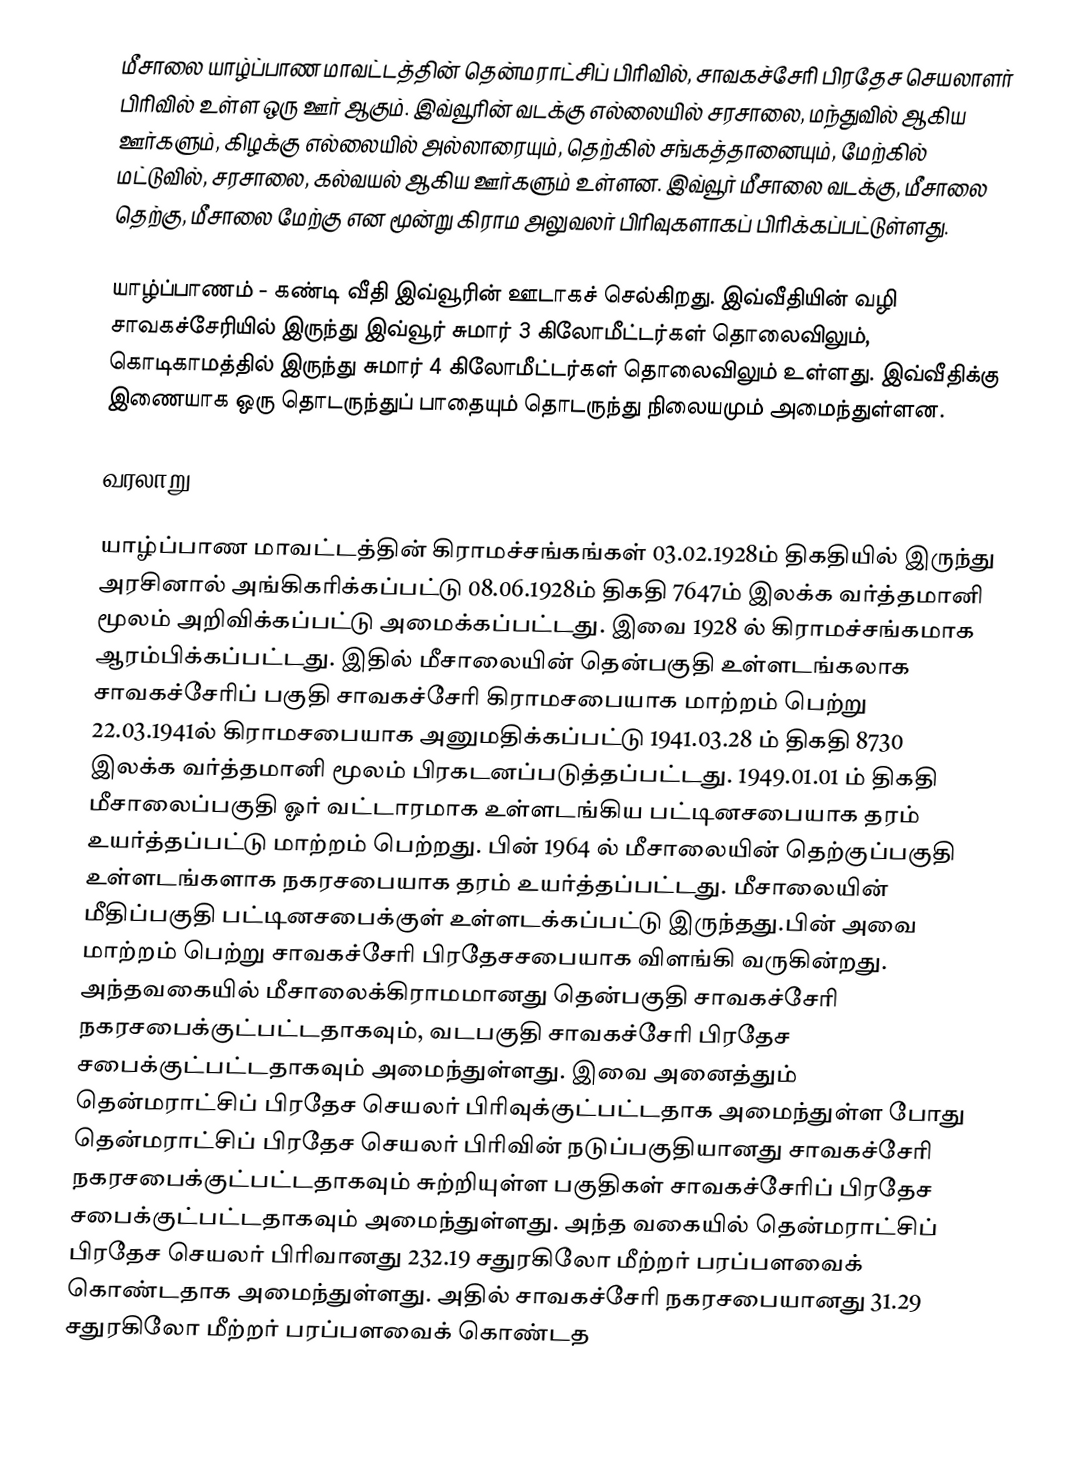
மீசாலை யாழ்ப்பாண மாவட்டத்தின் தென்மராட்சிப் பிரிவில், சாவகச்சேரி பிரதேச செயலாளர் பிரிவில் உள்ள ஒரு ஊர் ஆகும். இவ்வூரின் வடக்கு எல்லையில் சரசாலை, மந்துவில் ஆகிய ஊர்களும், கிழக்கு எல்லையில் அல்லாரையும், தெற்கில் சங்கத்தானையும், மேற்கில் மட்டுவில், சரசாலை, கல்வயல் ஆகிய ஊர்களும் உள்ளன. இவ்வூர் மீசாலை வடக்கு, மீசாலை தெற்கு, மீசாலை மேற்கு என மூன்று கிராம அலுவலர் பிரிவுகளாகப் பிரிக்கப்பட்டுள்ளது.

யாழ்ப்பாணம் - கண்டி வீதி இவ்வூரின் ஊடாகச் செல்கிறது. இவ்வீதியின் வழி சாவகச்சேரியில் இருந்து இவ்வூர் சுமார் 3 கிலோமீட்டர்கள் தொலைவிலும், கொடிகாமத்தில் இருந்து சுமார் 4 கிலோமீட்டர்கள் தொலைவிலும் உள்ளது. இவ்வீதிக்கு இணையாக ஒரு தொடருந்துப் பாதையும் தொடருந்து நிலையமும் அமைந்துள்ளன.

வரலாறு

யாழ்ப்பாண மாவட்டத்தின் கிராமச்சங்கங்கள் 03.02.1928ம் திகதியில் இருந்து அரசினால் அங்கிகரிக்கப்பட்டு 08.06.1928ம் திகதி 7647ம் இலக்க வர்த்தமானி மூலம் அறிவிக்கப்பட்டு அமைக்கப்பட்டது. இவை 1928 ல் கிராமச்சங்கமாக ஆரம்பிக்கப்பட்டது. இதில் மீசாலையின் தென்பகுதி உள்ளடங்கலாக சாவகச்சேரிப் பகுதி சாவகச்சேரி கிராமசபையாக மாற்றம் பெற்று 22.03.1941ல் கிராமசபையாக அனுமதிக்கப்பட்டு 1941.03.28 ம் திகதி 8730 இலக்க வர்த்தமானி மூலம் பிரகடனப்படுத்தப்பட்டது. 1949.01.01 ம் திகதி மீசாலைப்பகுதி ஓர் வட்டாரமாக உள்ளடங்கிய பட்டினசபையாக தரம் உயர்த்தப்பட்டு மாற்றம் பெற்றது. பின் 1964 ல் மீசாலையின் தெற்குப்பகுதி உள்ளடங்களாக நகரசபையாக தரம் உயர்த்தப்பட்டது. மீசாலையின் மீதிப்பகுதி பட்டினசபைக்குள் உள்ளடக்கப்பட்டு இருந்தது.பின் அவை மாற்றம் பெற்று சாவகச்சேரி பிரதேசசபையாக விளங்கி வருகின்றது. அந்தவகையில் மீசாலைக்கிராமமானது தென்பகுதி சாவகச்சேரி நகரசபைக்குட்பட்டதாகவும், வடபகுதி சாவகச்சேரி பிரதேச சபைக்குட்பட்டதாகவும் அமைந்துள்ளது. இவை அனைத்தும் தென்மராட்சிப் பிரதேச செயலர் பிரிவுக்குட்பட்டதாக அமைந்துள்ள போது தென்மராட்சிப் பிரதேச செயலர் பிரிவின்  நடுப்பகுதியானது சாவகச்சேரி நகரசபைக்குட்பட்டதாகவும் சுற்றியுள்ள பகுதிகள் சாவகச்சேரிப் பிரதேச சபைக்குட்பட்டதாகவும் அமைந்துள்ளது. அந்த வகையில் தென்மராட்சிப் பிரதேச செயலர் பிரிவானது 232.19 சதுரகிலோ மீற்றர் பரப்பளவைக் கொண்டதாக அமைந்துள்ளது. அதில் சாவகச்சேரி நகரசபையானது 31.29 சதுரகிலோ மீற்றர் பரப்பளவைக் கொண்டத